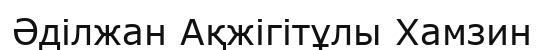
Әділжан Ақжігітұлы Хамзин